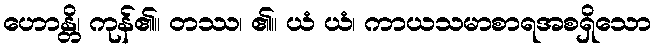
ဟောန္တိ၊ ကုန်၏။ တဿ၊ ၏။ ယံ ယံ၊ ကာယသမာစာရအစရှိသော